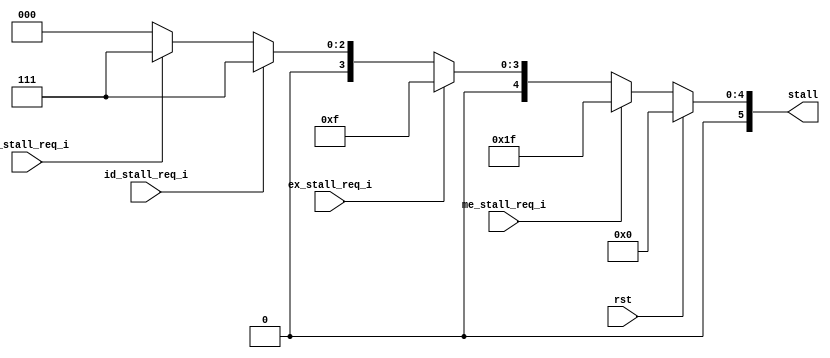
module Ctrl(
	input wire 			rst,
 
	input wire			if_stall_req_i,
	input wire			id_stall_req_i,
	input wire			ex_stall_req_i,
	input wire			me_stall_req_i,

	output reg[5:0]		stall
);

	always @(*)
	begin
		if (rst)
		begin
			stall	=	6'b000000;
		end
		else if (me_stall_req_i)
			stall	=	6'b011111;
		else if (ex_stall_req_i)
			stall	=	6'b001111;
		else if (id_stall_req_i)
			stall	=	6'b000111;
		else if (if_stall_req_i)
			stall	=	6'b000111;
		else 
			stall	=	6'b000000;
	end


endmodule